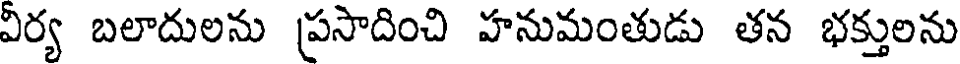
విర్య బలాదులను ప్రసాదించి హనుమంతుడు తన భక్తులను